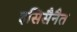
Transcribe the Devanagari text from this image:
इसिसैनैत